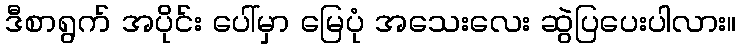
ဒီစာရွက် အပိုင်း ပေါ်မှာ မြေပုံ အသေးလေး ဆွဲပြပေးပါလား။